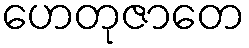
ဟေတုဇာတေ